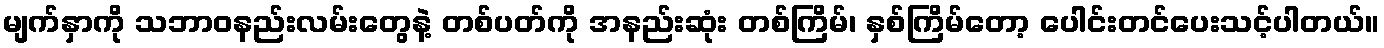
မျက်နှာကို သဘာဝနည်းလမ်းတွေနဲ့ တစ်ပတ်ကို အနည်းဆုံး တစ်ကြိမ်၊ နှစ်ကြိမ်တော့ ပေါင်းတင်ပေးသင့်ပါတယ်။